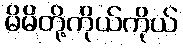
မိမိတို့ကိုယ်ကိုယ်